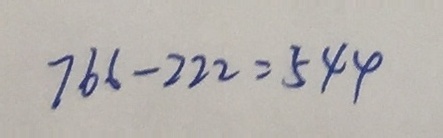
7 6 6 - 2 2 2 = 5 4 4